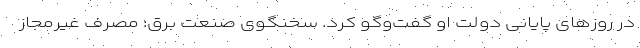
در روزهای پایانی دولت او گفت‌وگو کرد. سخنگوی صنعت برق: مصرف غیرمجاز